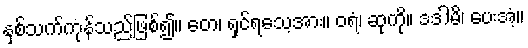
နှစ်သက်ကုန်သည်ဖြစ်၍။ တေ၊ ရှင်ရသေ့အား။ ဝရံ၊ ဆုကို။ ဒဒါမိ၊ ပေးအံ့။